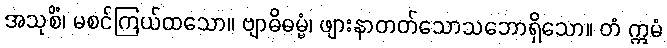
အသုစိံ၊ မစင်ကြယ်ထသော။ ဗျာဓိဓမ္မံ၊ ဖျားနာတတ်သောသဘောရှိသော။ တံ ဣမံ